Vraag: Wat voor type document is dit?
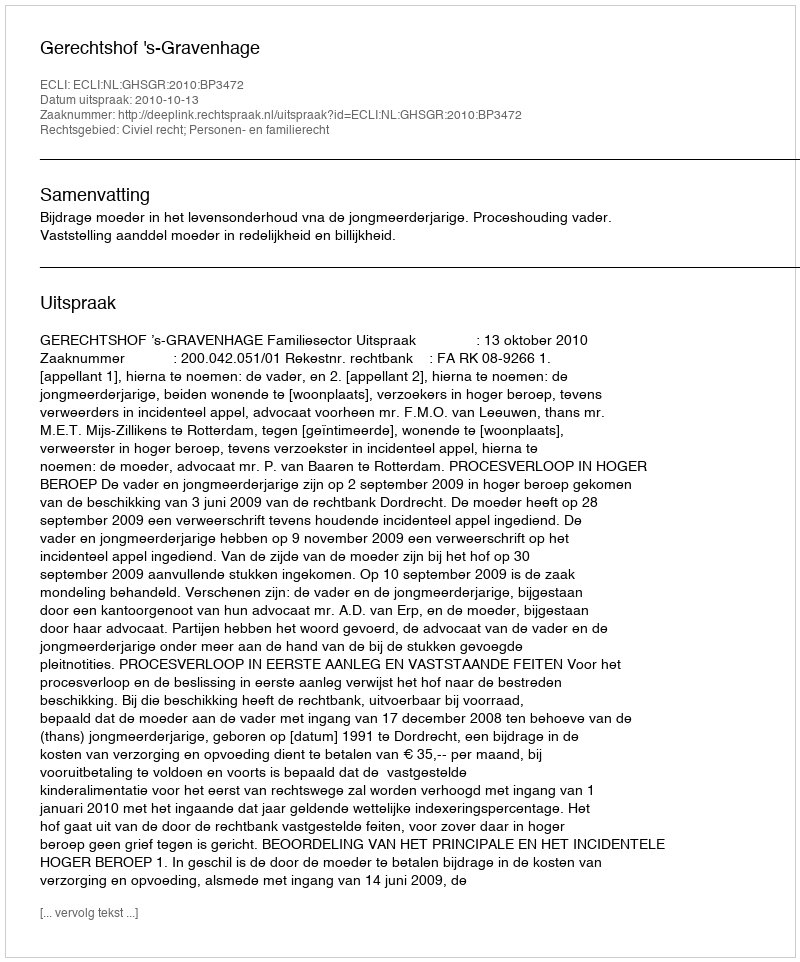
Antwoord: Uitspraak